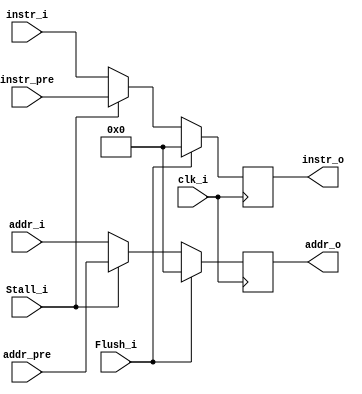
module IF_ID
(
    input           clk_i,
    input   [31:0]  addr_i,
    input   [31:0]  instr_i,
    input           Flush_i,
    input           Stall_i,
    input   [31:0]  instr_pre,
    input   [31:0]  addr_pre,
    output  [31:0]  addr_o,
    output  [31:0]  instr_o
);

reg     [31:0]     addr_o;
reg     [31:0]     instr_o; 


always @ (posedge clk_i) begin
    addr_o = (Flush_i==1) ? 0 :
             (Stall_i==1) ? addr_pre : addr_i;
    instr_o = (Flush_i==1) ? 0 :
             (Stall_i==1) ? instr_pre : instr_i;
end

endmodule